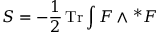
S = - \frac { 1 } { 2 } \, \mathrm { T r } \int F \wedge { ^ \ast F }